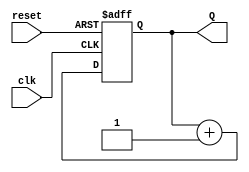
module sequential_circuit (Q, clk, reset);
  input clk, reset;
  output [1:0] Q;

  // Register for binary counter
  reg [1:0] Flop;

  // Binary counter logic
  always @(posedge clk or posedge reset)
  begin
    if (reset == 1'b1)
      Flop <= 2'b00;
    else
      Flop <= Flop + 1'b1;
  end

  // Output assignment
  assign Q = Flop;

endmodule